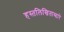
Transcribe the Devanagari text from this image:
हस्तलिखिताव्दारे